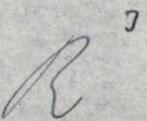
R3